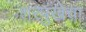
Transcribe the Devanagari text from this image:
शरपुंखेचा